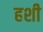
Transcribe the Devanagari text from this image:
हशी